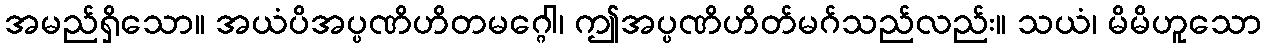
အမည်ရှိသော။ အယံပိအပ္ပဏိဟိတမဂ္ဂေါ၊ ဤအပ္ပဏိဟိတ်မဂ်သည်လည်း။ သယံ၊ မိမိဟူသော